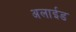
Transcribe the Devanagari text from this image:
अलाईड